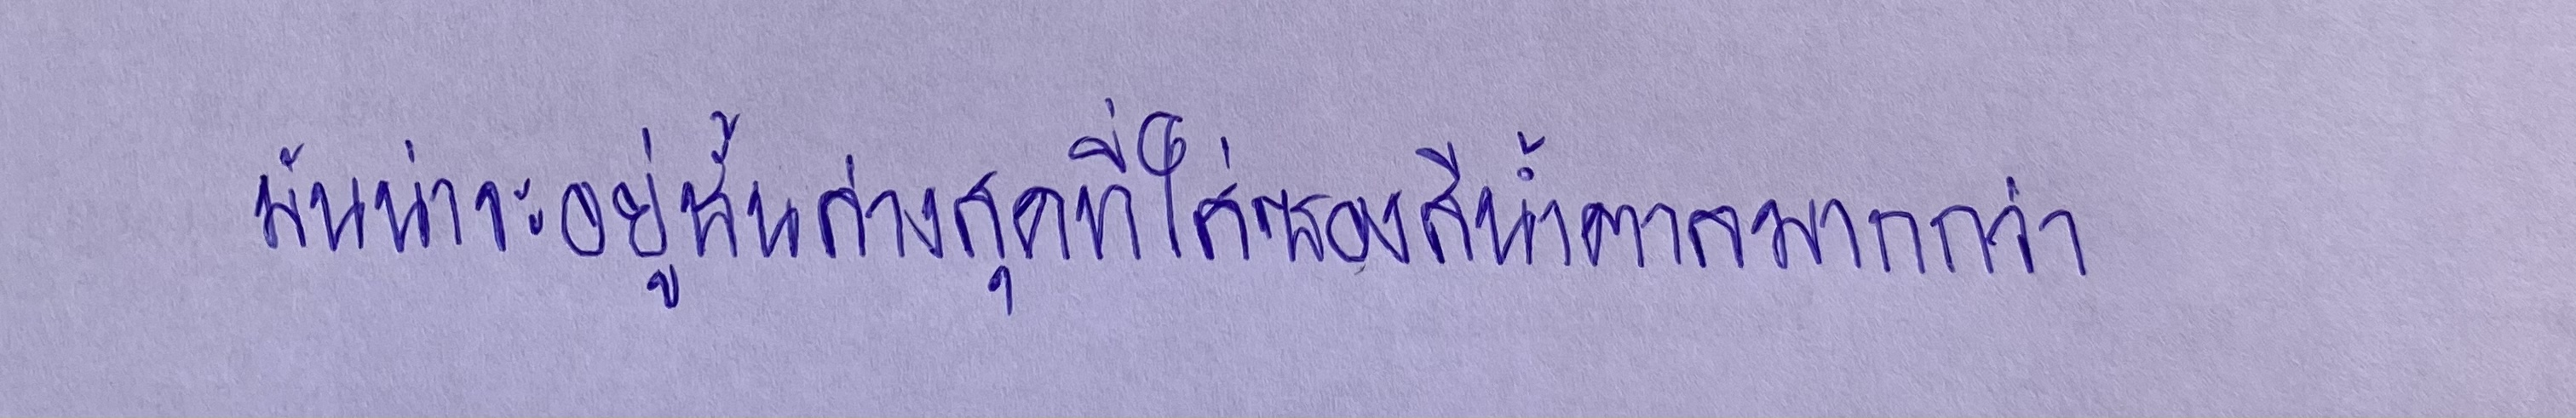
มันน่าจะอยู่ชั้นล่างสุดที่ใส่ซองสีน้ำตาลมากกว่า